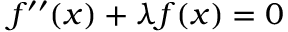
f ^ { \prime \prime } ( x ) + \lambda f ( x ) = 0